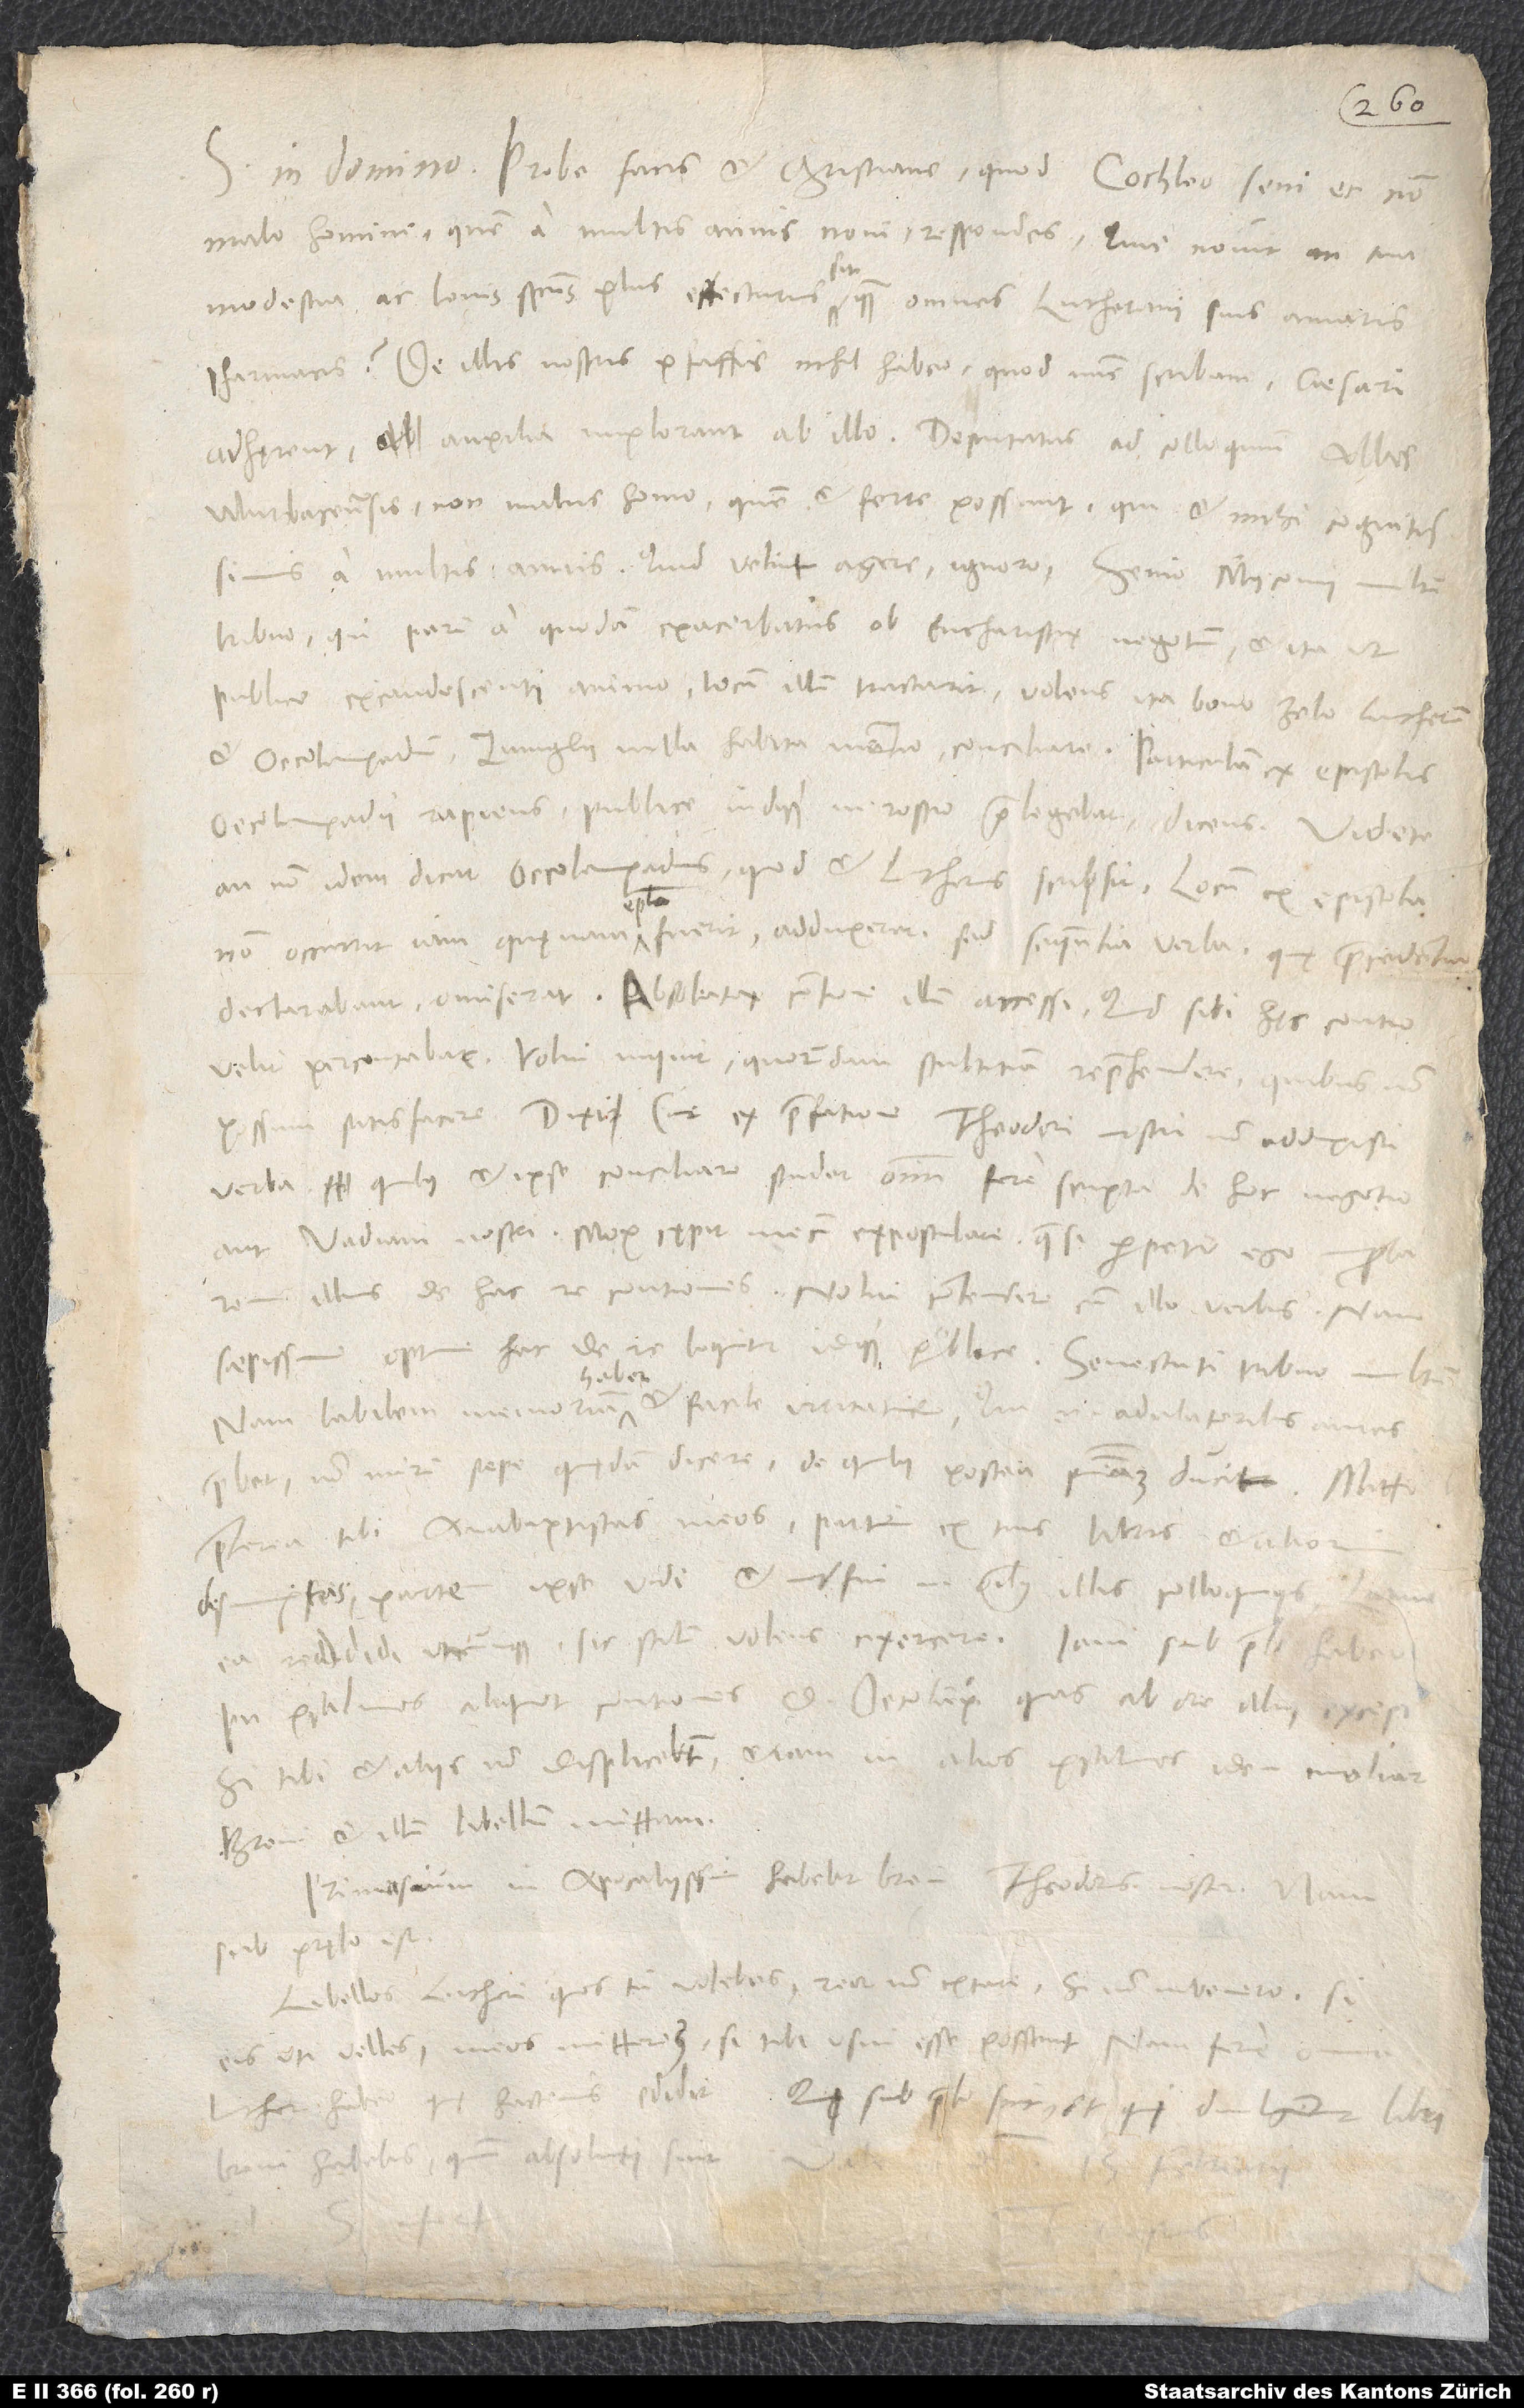
Probe facis et christiane, quod Cochleo, seni et non
malo homini, quem a multis annis novi, respondes. Quis novit, an tua
modestia ac lenis spiritus plus effecturus sit quam omnes Lutherani suis amaris
De illis nostris pfaffis nihil habeo, quod nunc scribam. Caesari
adhęrent, auxilia implorant ab illo. Deputatus ad colloquium abbas
Murbacensis, non malus homo, quem et ferre possunt, qui et mihi cognitissimus
tribuo, qui parum a quodam exacerbatus ob eucharistię negotium, et ita, ut
publice excandescenti animo locum illum tractarit volens ita bono zelo Lutherum
et Oecolampadium - Zvinglii nulla habita mentio - conciliare. Particulam ex epistolis
Oecolampadii rapiens publice indeque in rostro praelegebat dicens: „Videte,
an non idem dicat Oecolampadius, quod et Lutherus scripsit.“ Locum ex epistola
episcopi;
non occurrit iam, quę nam epistola fuerit - adduxerat, sed sequentia verba, quę praecedentia
declarabant, omiserat. Absoluta contione illum accessi; quid sibi hęc contio
velit, percontabar. „Volui“, inquit, „quorundam stultitiam reprehendere, quibus non
possum satisfacere.“ Dixi: „Cur ex praefatione Theodori nostri non adduxisti
verba, quibus et ipse conciliare studet omnium fere scripta de hoc negotio,
aut Vadiani nostri?“ Mox cępit mecum expostulare, quasi perpetuo ego improbarem
illius de hac re contiones. Nolui contendere cum illo verbis; nam
saepissime optime hac de re loquitur idque publice. Senectuti tribuo multum;
habet;
nam labilem memoriam habet et facile irritatur. Qui enim adulatoribus aures
praebet, non mirum saepe quędam dicere, de quibus postea poenitentiam ducit.
praeterea tibi Anabaptistas meos, partim ex tuis libris et aliorum
desumptos, partem ipse vidi et adfui in omnibus illis colloquiis.
reddidi utcunque sic stilum volens exercere. Iam sub prelo habeo
in psalmos aliquot contiones d. Oecolampadii, quas ab ore illius excepi.
Si tibi et aliis non displicebunt, etiam in alios psalmos idem moliar.
Brevi et illum libellum mittam.
Primasium in Apocalypsim habebit brevi Theodorus noster; nam
sub pręlo est.
Libellos Lutheri, quos tu volebas, reor non extare. Si non invenero, si
meos mitterem, si tibi usui esse possent; nam fere
eis uti
quę hactenus edidit. Qui sub prelo sint et qui divulgentur libri,
brevi habebis, quum absoluti sint.